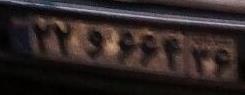
۲۲و۶۶۴۳۶